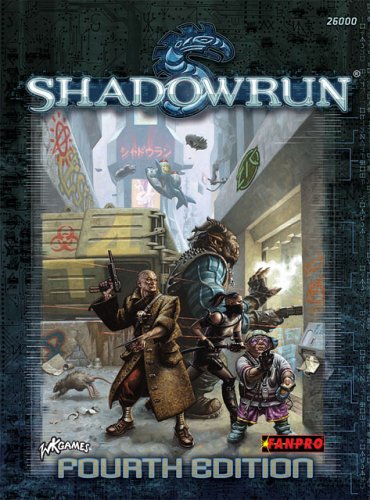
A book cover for Shadowrun, Fourth Edition; Fanpro; Science Fiction & Fantasy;